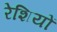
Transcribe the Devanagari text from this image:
रेशियों